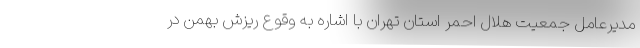
مدیرعامل جمعیت هلال احمر استان تهران با اشاره به وقوع ریزش بهمن در